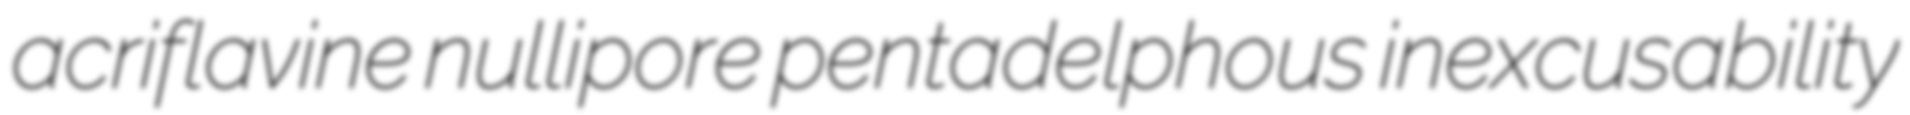
acriflavine nullipore pentadelphous inexcusability